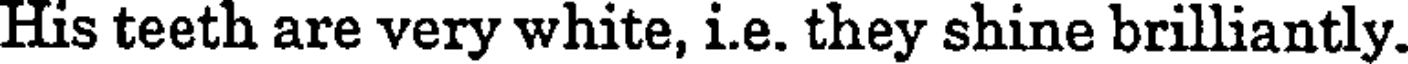
His teeth are very white, i.e. they shine brilliantly.